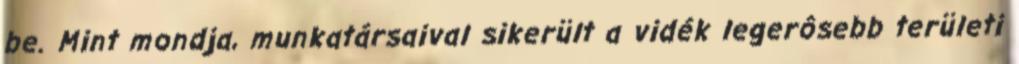
be. Mint mondja, munkatársaival sikerült a vidék legerôsebb területi